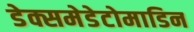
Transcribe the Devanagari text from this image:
डेक्समेडेटोमाडिन